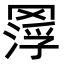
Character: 𦋵